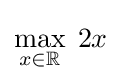
\max _{x\in \mathbb {R} }\;2x